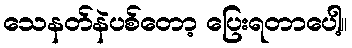
သေနတ်နဲပစ်တော့ ပြေးရတာပေါ့။